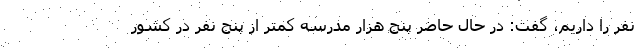
نفر را داریم، گفت: در حال حاضر پنج هزار مدرسه کمتر از پنج نفر در کشور